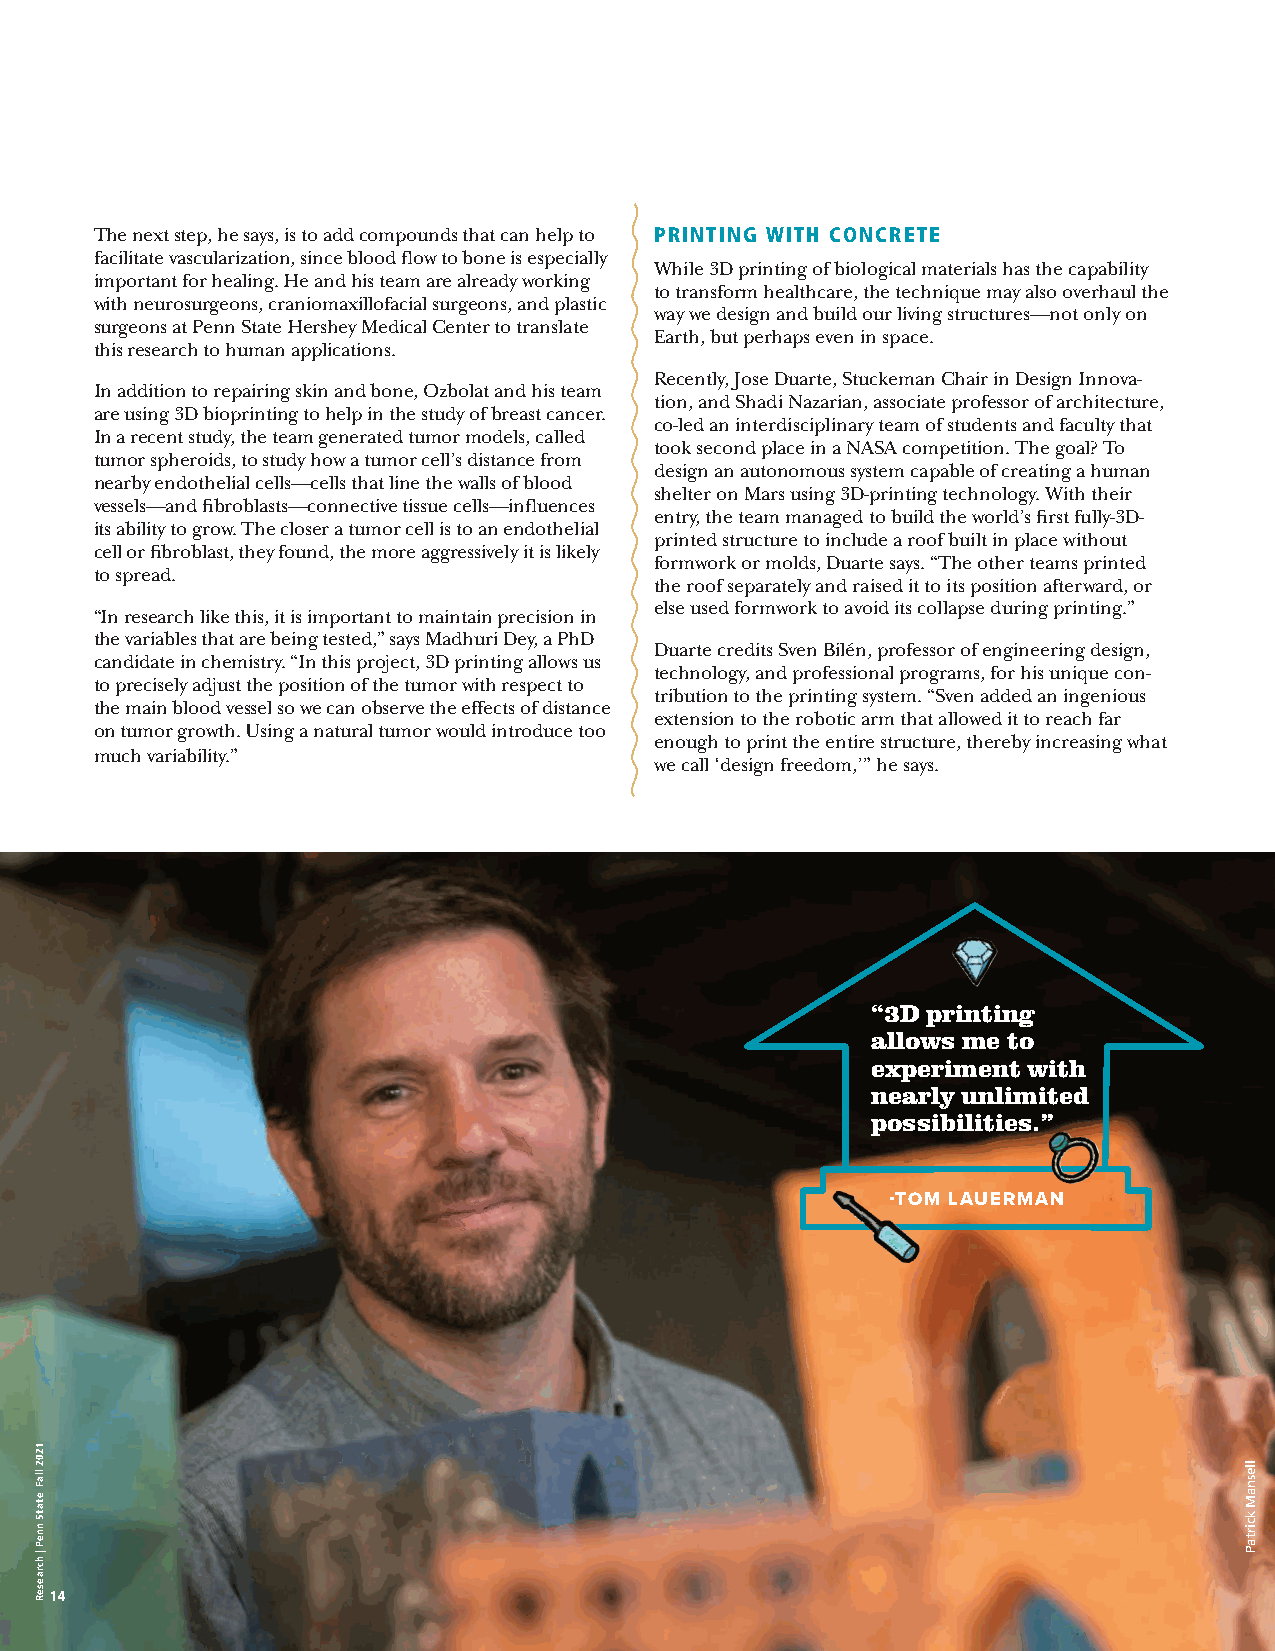
The next step, he says, is to add compounds that can help to PRINTING WITH CONCRETE
 facilitate vascularization, since blood flow to bone is especially
 While 3D printing of biological materials has the capability
 important for healing. He and his team are already working
 to transform healthcare, the technique may also overhaul the
 with neurosurgeons, craniomaxillofacial surgeons, and plastic
 way we design and build our living structures—not only on
 surgeons at Penn State Hershey Medical Center to translate
 Earth, but perhaps even in space.
 this research to human applications.
 Recently, Jose Duarte, Stuckeman Chair in Design Innova-
 In addition to repairing skin and bone, Ozbolat and his team
 tion, and Shadi Nazarian, associate professor of architecture,
 are using 3D bioprinting to help in the study of breast cancer.
 co-led an interdisciplinary team of students and faculty that
 In a recent study, the team generated tumor models, called
 took second place in a NASA competition. The goal? To
 tumor spheroids, to study how a tumor cell’s distance from
 design an autonomous system capable of creating a human
 nearby endothelial cells—cells that line the walls of blood
 shelter on Mars using 3D-printing technology. With their
 vessels—and fibroblasts—connective tissue cells—influences
 entry, the team managed to build the world’s first fully-3D-
 its ability to grow. The closer a tumor cell is to an endothelial
 printed structure to include a roof built in place without
 cell or fibroblast, they found, the more aggressively it is likely
 formwork or molds, Duarte says. “The other teams printed
 to spread.
 the roof separately and raised it to its position afterward, or
 else used formwork to avoid its collapse during printing.”
 “In research like this, it is important to maintain precision in
 the variables that are being tested,” says Madhuri Dey, a PhD
 Duarte credits Sven Bilén, professor of engineering design,
 candidate in chemistry. “In this project, 3D printing allows us
 technology, and professional programs, for his unique con-
 to precisely adjust the position of the tumor with respect to
 tribution to the printing system. “Sven added an ingenious
 the main blood vessel so we can observe the effects of distance
 extension to the robotic arm that allowed it to reach far
 on tumor growth. Using a natural tumor would introduce too
 enough to print the entire structure, thereby increasing what
 much variability.”
 we call ‘design freedom,’” he says.
 “3D printing
 allows me to
 experiment with
 nearly unlimited
 possibilities.”
 -TOM LAUERMAN
 1144
 11220022
 llllaaFF
 eettaattSS
 nnnneePP
 || hhccrraaeesseeRR
 llesnaM
 kcirtaP